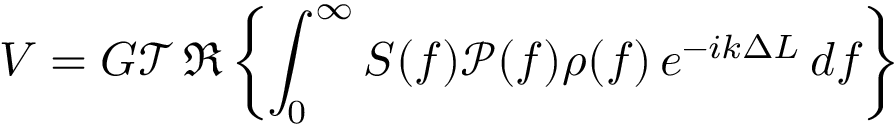
V = G \mathcal { T } \thinspace \Re \left\{ \int _ { 0 } ^ { \infty } S ( f ) \mathcal { P } ( f ) \rho ( f ) \thinspace e ^ { - i k \Delta L } \thinspace d f \right\}